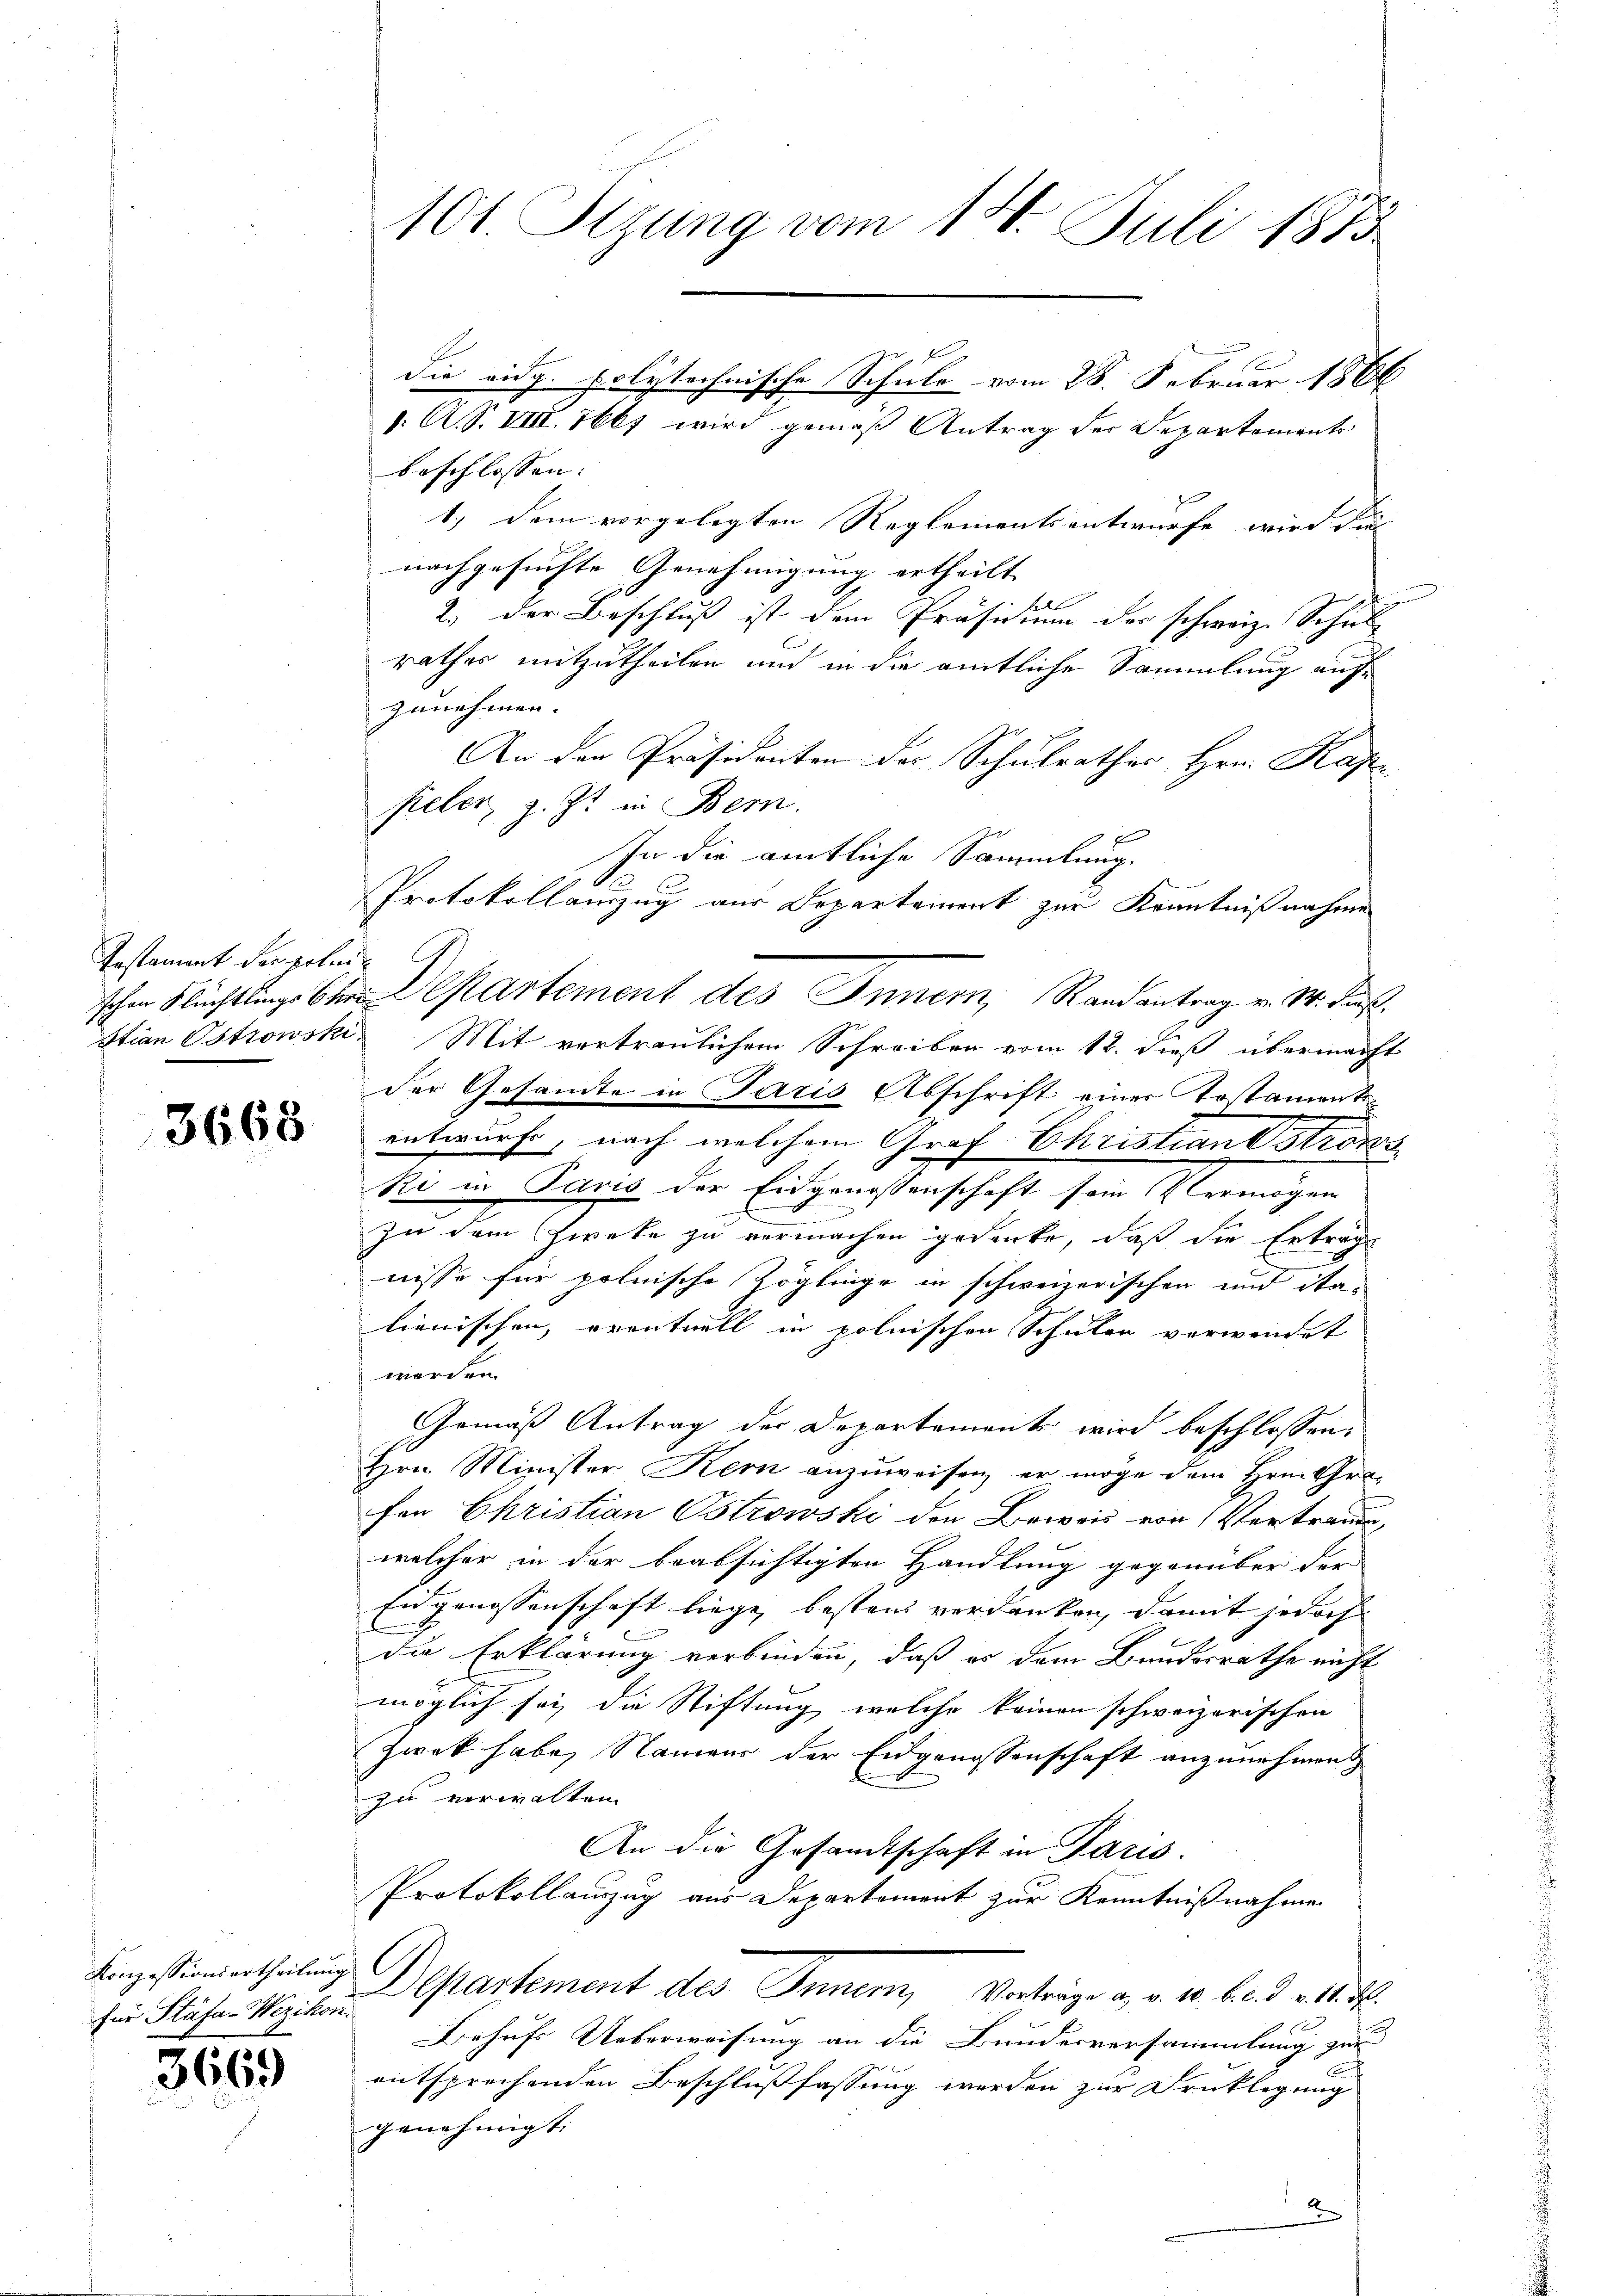
Testament der polni

3668

für Stäfa-Wezikon.

3669

101. Sizung vom 14. Juli 1873

beschlossen:
1.) Dem vorgelegten Reglementsentwurfe wird dies
nachgesuchte Genehmigung ertheilt
2.) Der Beschluß ist den Präsidium der schweiz. Schul-
rathes mitzutheilen und in die amtliche Sammlung auf
zunehmen. |
An den Präsidenten der Schulrathes Hrn. Kape
fieler, z. Zt. in Bern.
In die amtliche Sammlung.
Protokollanzug aus Departement zur Kenntnißnahme
schen Flüchtlings bei Departement des Innern, Randantrag v. M. daß,
Stian Ostrowski, Mit vertraulichem Schreiben vom 12. dieß übermacht
der Gesamte in Paris Abschrift einer Tostament
entwurfe, nach welchem Graf Christian Strohs
Ri in Paris der Eidgenossenschaft sein Vermögen
f
zu dem Zweke zu vermachen gedenke, daß die Erträge
nisse für polnische Zöglinge in schweizerischen und ita-
lienischen, eventuell in polnischen Schulen verwendet
werden.
Gemäß Antrag der Departements wird beschlossen.
Hrn. Minister Kern anzuweisen, er möge dem Hrn. Grafen Ehristian Ostrowski den Borois von Vertrauen,
welcher in der beabsichtigten Handlung gegenüber der
Eidgenossenschaft liege, bestand verdanken, damit jedoch
die Erklärung verbinden, daß es dem Bundesrathe nicht
möglich sei die Stiftung, welche keinen schweizerischen
Zwek habe, Namens der Eidgenossenschaft anzunehmen
zu verwalten.
An die Gesamtschaft in Paris.
Protokollauszug aus Departement zur Kenntnißnahmen
Lanzstioniertheilung Departement des Innern, Vorträge u. v. 10. b. d. v. 1. 2.
Behufs Ueberweisung an die Bundesversammlung zur
entsprechenden Beschlußfassung werden zur Drucklegung
genehmigt.
2

die eidg. polytechnische Schule vom 28. Februar 1866
1. A. S. VIII. 1667 wird gemäß Antrag der Departements